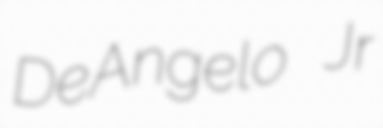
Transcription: DeAngelo Jr